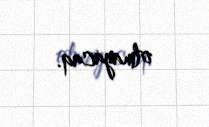
olmayacaq.